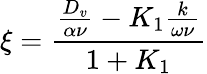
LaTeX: \xi=\frac{\frac{D_{v}}{\alpha\nu}-K_{1}\frac{k}{\omega\nu}}{1+K_{1}}